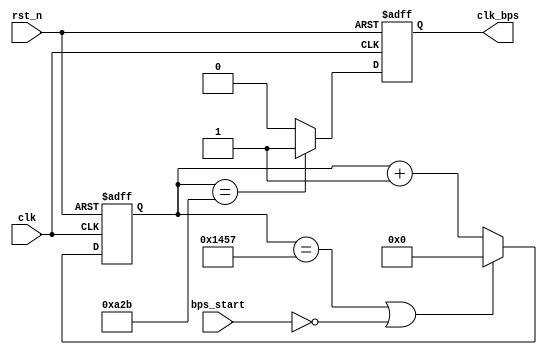
`timescale 1ns / 1ps

module speed_select(
				clk,rst_n,
				bps_start,clk_bps
			);

input clk;	// 50MHz
input rst_n;	//
input bps_start;	//
output clk_bps;	// clk_bps 

/*
parameter 		bps9600 	= 5207,	//9600bps
			 	bps19200 	= 2603,	//19200bps
				bps38400 	= 1301,	//38400bps
				bps57600 	= 867,	//57600bps
				bps115200	= 433;	//115200bps

parameter 		bps9600_2 	= 2603,
				bps19200_2	= 1301,
				bps38400_2	= 650,
				bps57600_2	= 433,
				bps115200_2 = 216;  
*/

	//
`define		BPS_PARA		5207	//9600
`define 	BPS_PARA_2		2603	//9600

reg[12:0] cnt;			//
reg clk_bps_r;			//

//----------------------------------------------------------
reg[2:0] uart_ctrl;	// uart
//----------------------------------------------------------

always @ (posedge clk or negedge rst_n)
	if(!rst_n) cnt <= 13'd0;
	else if((cnt == `BPS_PARA) || !bps_start) cnt <= 13'd0;	//
	else cnt <= cnt+1'b1;			//

always @ (posedge clk or negedge rst_n)
	if(!rst_n) clk_bps_r <= 1'b0;
	else if(cnt == `BPS_PARA_2) clk_bps_r <= 1'b1;	// clk_bps_r,
	else clk_bps_r <= 1'b0;

assign clk_bps = clk_bps_r;

endmodule